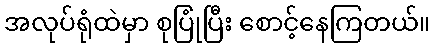
အလုပ်ရုံထဲမှာ စုပြုံပြီး စောင့်နေကြတယ်။